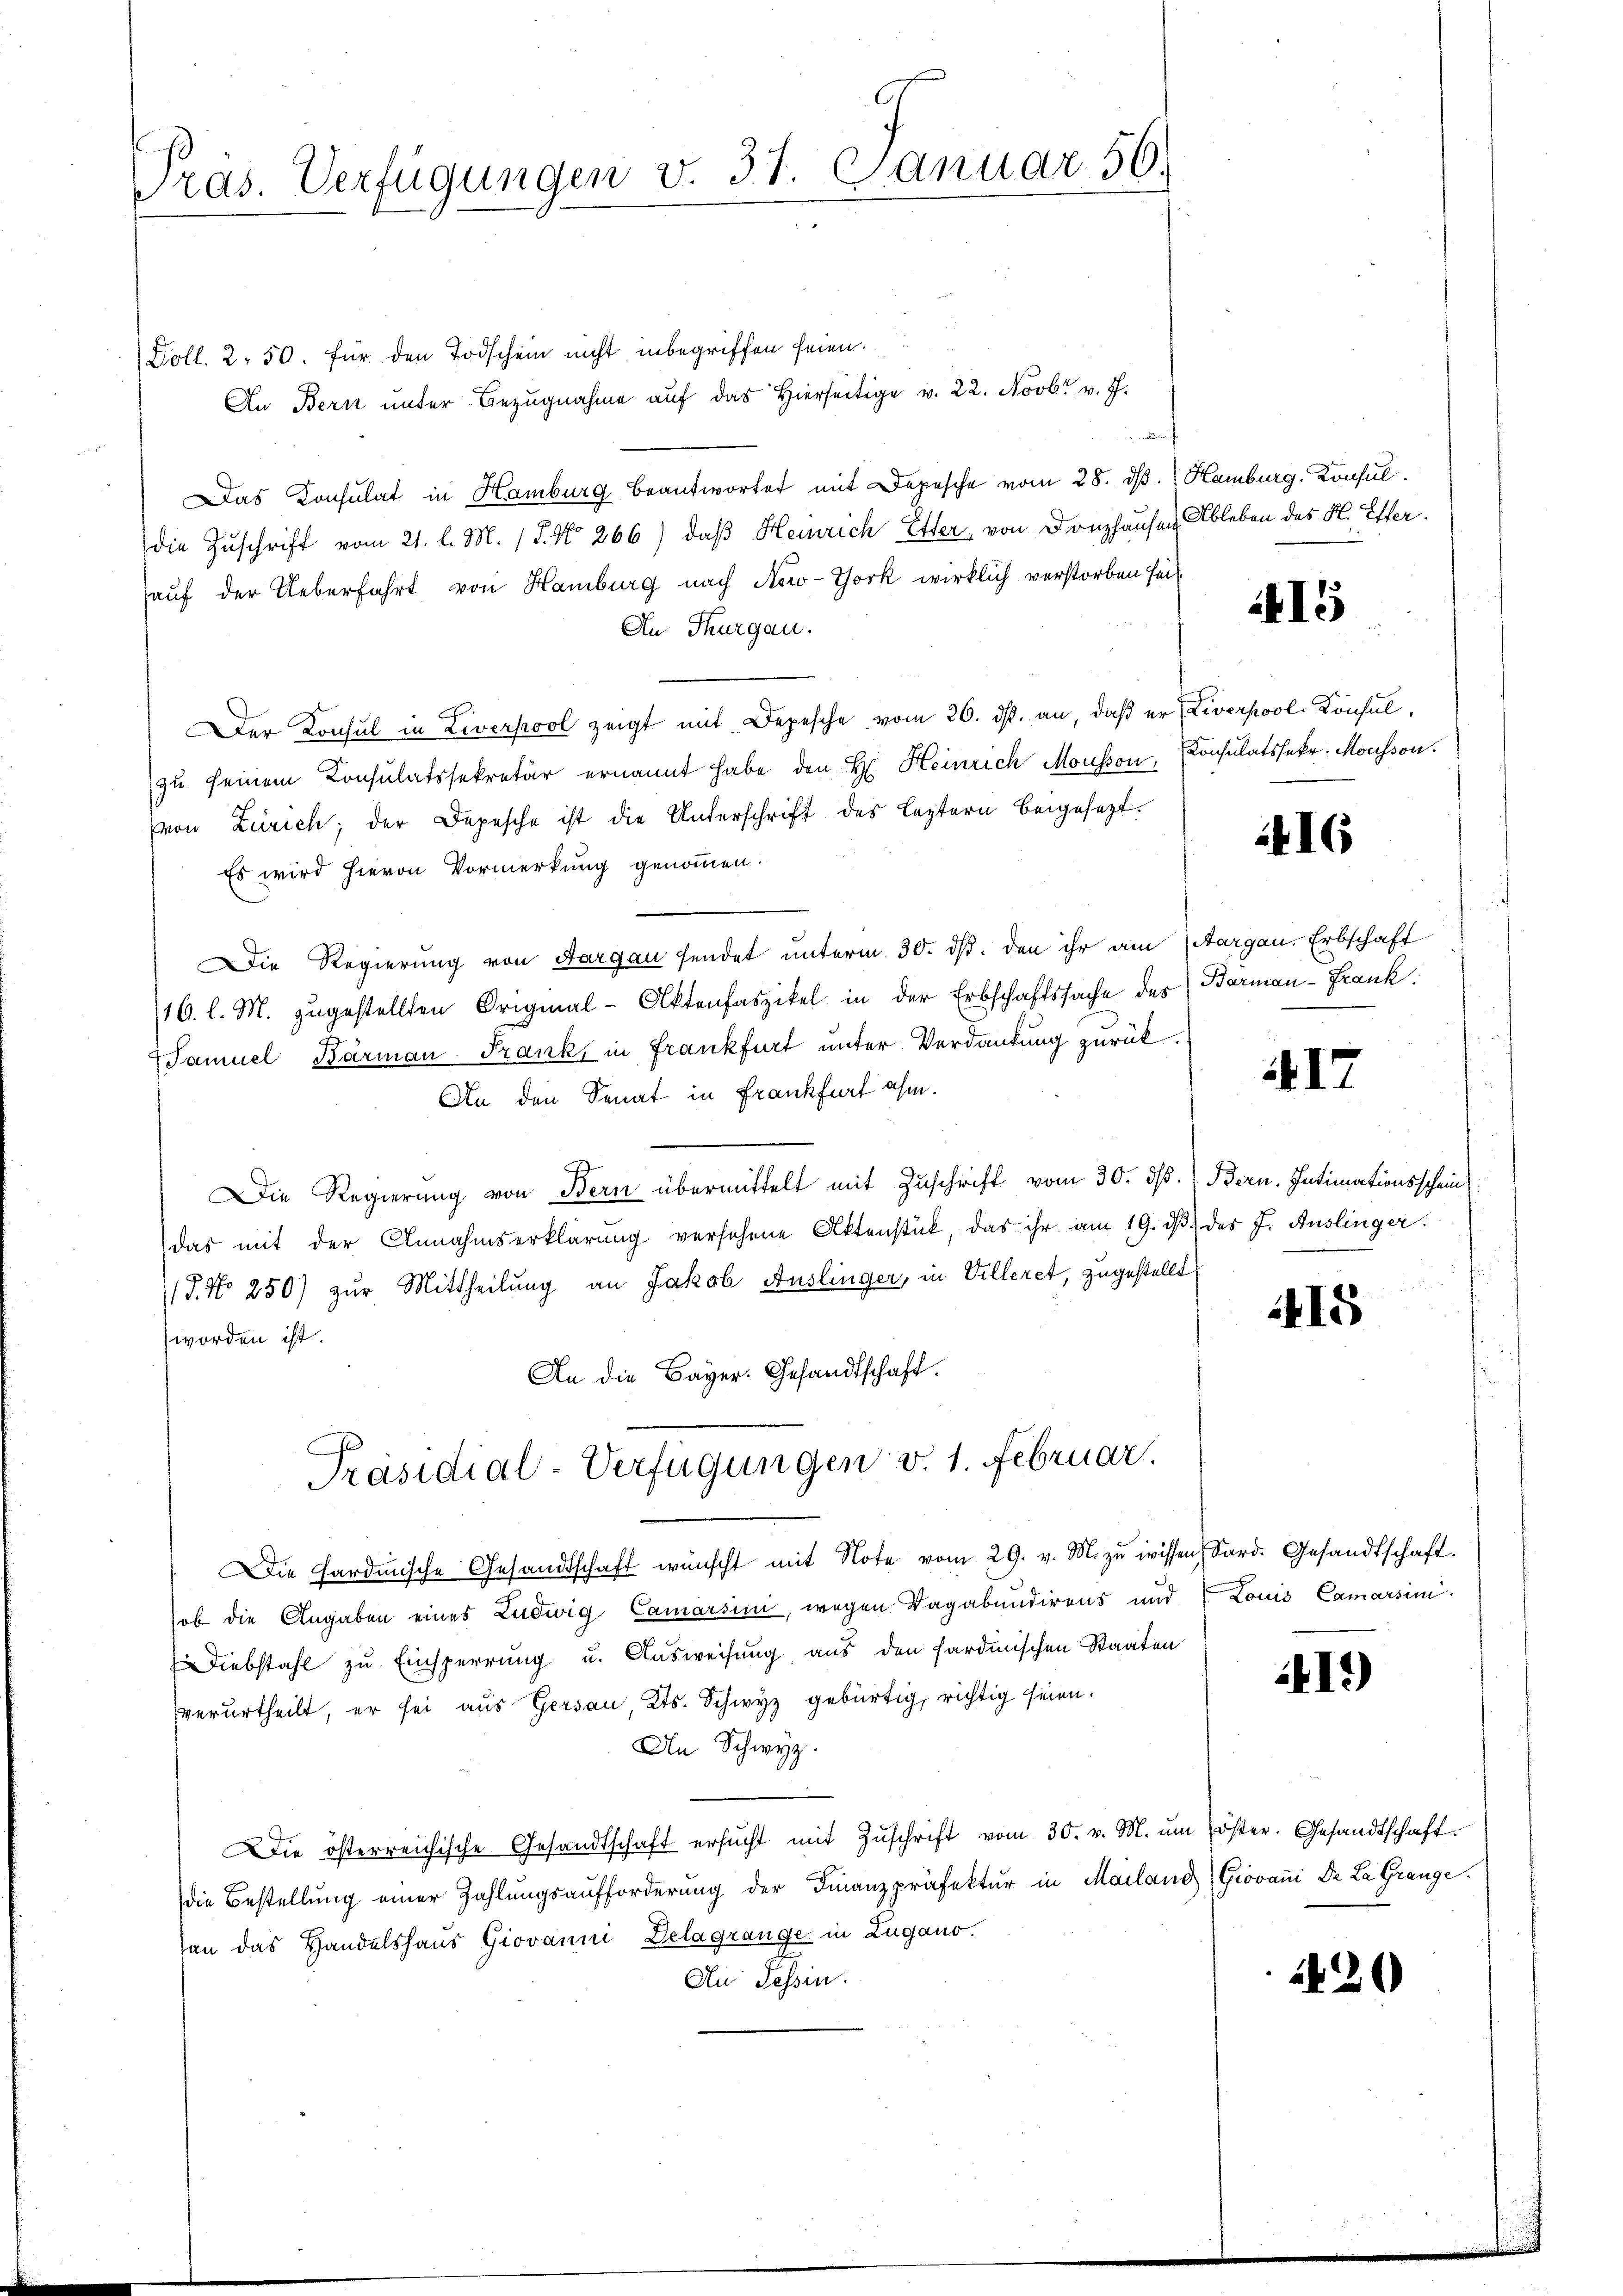
Präs. Verfügungen v. 31. Januar 56.

Doll. 2. 50. für den Todschein nicht inbegriffen seien.
An Bern unter Bezŭgnahme aŭf das hierseitige v. 22. Novbr. v. J.
d
Das Consulat in Hamburg beantwortet mit Depesche vom 28. dβ. Hamburg, Konsul
die Zuschrift vom 21. l. M. 18. No 266) daß Heinrich Etter, von Donzhausen Ableben des H. Etter.
auf der Ueberfahrt, von Hamburg nach New-York wirklich verstorben seit
An Thurgau.
Der Konsul in Liverpool zeigt mit Depesche vom 26. ds. an, daß er, Liverpool Konsul,
zu seinem Konsulatssekretär ernannt habe den H. Heinrich Mousson, Consulatssekr. Mousson.
(von Zürich; der Depesche ist die Unterschrift des leztern beigesezt.
Es wird hievon Vormerkung genommen.
Die Regierung von Aargau sendet unterm 30. ds. den ihr am Aargau, Erbschaft
16. l. M. zugestellten Original-Aktenfaszikel in der Erbschaftssache des Barman-Frank.
Samuel Barman Frank, in Frankfurt unter Verdankung zurück¬
An den Senat in Frankfurt ahm.
Die Regierung von Bern übermittelt mit Zuschrift vom 30. dß. Bern. Intimationsschein
das mit der Annahmserklärung versehene Aktenstück, das ihr am 19. dβ des J. Auslinger.
P. No 250) zur Mittheilung an Jakob Auslinger, in Villeret, zugestellt
worden ist.
An die Bayer: Gesandtschaft.

Präsidial-Verfügungen v. 1. Februar.

Die Hardinische Gesandtschaft wünscht mit Note vom 29. v. M. zŭ wissen Sard. Gesandtschaft.
hob die Angaben eines Ludwig Camarsini, wegen Vagabundirens und Louis Camarsini.
Diebstahl zu Einsperrung u. Ausweisung aus den sardinischen Staaten
verurtheilt, er sei aus Gersau, Kts. Schwyz gebürtig, richtig seien.
An Schwyz.
Die österreichische Gesandtschaft ersŭcht mit Zŭschrift vom 30. v. M. ŭm öster. Gesandtschaft.
die Bestellung einer Zahlŭngsaufforderŭng der Finanzpräfektur in Mailand (Giovani Dr. La Grange.
sen das Handelshaus Giovanni Delagrange in Lugano.
An Tessin.

15

416

I

15

419)

420